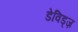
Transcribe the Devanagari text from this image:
डेविड्ज़